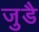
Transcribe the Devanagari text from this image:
जुडै